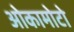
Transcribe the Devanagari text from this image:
ओकामोटो